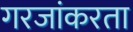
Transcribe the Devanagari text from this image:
गरजांकरता